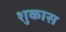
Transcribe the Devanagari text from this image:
शुकास